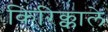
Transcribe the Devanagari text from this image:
किरिक्काले